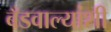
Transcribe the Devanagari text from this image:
बँडवाल्यांशी